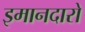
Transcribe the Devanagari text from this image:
इमानदारो